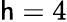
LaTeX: \mathsf{h}=4